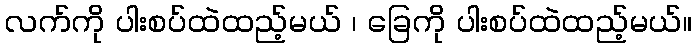
လက်ကို ပါးစပ်ထဲထည့်မယ် ၊ ခြေကို ပါးစပ်ထဲထည့်မယ်။